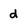
Character: d